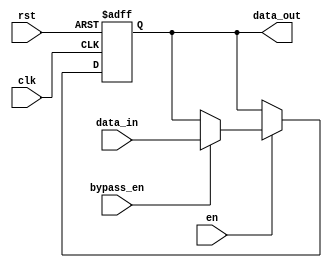
module Simple_Bypass_Reg (
    input clk,
    input rst,
    input en,
    input bypass_en,
    input [7:0] data_in,
    output reg [7:0] data_out
);

reg [7:0] bypass_reg;

always @ (posedge clk or posedge rst) begin
    if (rst) begin
        bypass_reg <= 8'h00;
    end else begin
        if (en) begin
            if (bypass_en) begin
                bypass_reg <= data_in;
            end
        end
    end
end

assign data_out = bypass_reg;

endmodule